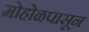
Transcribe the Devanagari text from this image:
मोहोळपासून